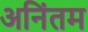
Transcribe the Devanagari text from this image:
अनिंतम